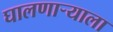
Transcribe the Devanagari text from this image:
घालणार्‍याला